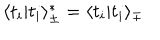
LaTeX: \langle t _ { i } | t _ { i } \rangle _ { \pm } ^ { * } = \langle t _ { i } | t _ { i } \rangle _ { \mp }